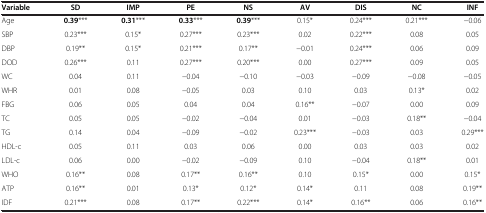
<table><thead><tr><td><b>Variable</b></td><td><b>SD</b></td><td><b>IMP</b></td><td><b>PE</b></td><td><b>NS</b></td><td><b>AV</b></td><td><b>DIS</b></td><td><b>NC</b></td><td><b>INF</b></td></tr></thead><tbody><tr><td>Age</td><td><b>0.39</b>***</td><td><b>0.31</b>***</td><td><b>0.33</b>***</td><td><b>0.39</b>***</td><td>0.15*</td><td>0.24***</td><td>0.21***</td><td>−0.06</td></tr><tr><td>SBP</td><td>0.23***</td><td>0.15*</td><td>0.27***</td><td>0.23***</td><td>0.02</td><td>0.22***</td><td>0.08</td><td>0.05</td></tr><tr><td>DBP</td><td>0.19**</td><td>0.15*</td><td>0.21***</td><td>0.17**</td><td>−0.01</td><td>0.24***</td><td>0.06</td><td>0.09</td></tr><tr><td>DOD</td><td>0.26***</td><td>0.11</td><td>0.27***</td><td>0.20***</td><td>0.00</td><td>0.27***</td><td>0.09</td><td>0.05</td></tr><tr><td>WC</td><td>0.04</td><td>0.11</td><td>−0.04</td><td>−0.10</td><td>−0.03</td><td>−0.09</td><td>−0.08</td><td>−0.05</td></tr><tr><td>WHR</td><td>0.01</td><td>0.08</td><td>−0.05</td><td>0.03</td><td>0.10</td><td>0.03</td><td>0.13*</td><td>0.02</td></tr><tr><td>FBG</td><td>0.06</td><td>0.05</td><td>0.04</td><td>0.04</td><td>0.16**</td><td>−0.07</td><td>0.00</td><td>0.09</td></tr><tr><td>TC</td><td>0.05</td><td>0.05</td><td>−0.02</td><td>−0.04</td><td>0.01</td><td>−0.03</td><td>0.18**</td><td>−0.04</td></tr><tr><td>TG</td><td>0.14</td><td>0.04</td><td>−0.09</td><td>−0.02</td><td>0.23***</td><td>−0.03</td><td>0.03</td><td>0.29***</td></tr><tr><td>HDL-c</td><td>0.05</td><td>0.11</td><td>0.03</td><td>0.06</td><td>0.00</td><td>0.03</td><td>0.03</td><td>0.02</td></tr><tr><td>LDL-c</td><td>0.06</td><td>0.00</td><td>−0.02</td><td>−0.09</td><td>0.10</td><td>−0.04</td><td>0.18**</td><td>0.01</td></tr><tr><td>WHO</td><td>0.16**</td><td>0.08</td><td>0.17**</td><td>0.16**</td><td>0.10</td><td>0.15*</td><td>0.00</td><td>0.15*</td></tr><tr><td>ATP</td><td>0.16**</td><td>0.01</td><td>0.13*</td><td>0.12*</td><td>0.14*</td><td>0.11</td><td>0.08</td><td>0.19**</td></tr><tr><td>IDF</td><td>0.21***</td><td>0.08</td><td>0.17**</td><td>0.22***</td><td>0.14*</td><td>0.16**</td><td>0.06</td><td>0.16**</td></tr></tbody></table>